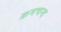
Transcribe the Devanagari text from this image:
क्रमचन्द